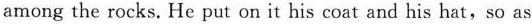
among the rocks. He put on it his coat and his hat,so as